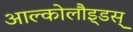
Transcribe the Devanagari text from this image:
आल्कोलौइ्डस्